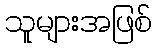
သူများအဖြစ်